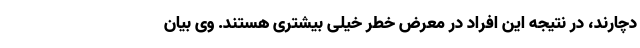
دچارند، در نتیجه این افراد در معرض خطر خیلی بیشتری هستند. وی بیان